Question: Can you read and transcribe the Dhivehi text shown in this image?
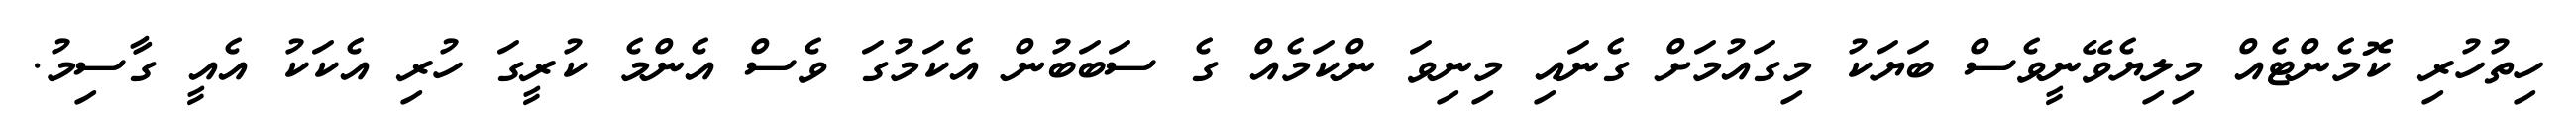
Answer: ހިތުހުރި ކޮމެންޓެއް މިލިޔެވޭނީވެސް ބަޔަކު މިގައުމަށް ގެނައި މިނިވަ ންކަމެއް ގެ ސަބަބުން އެކަމުގަ ވެސް އެންމެ ކުރީގަ ހުރި އެކަކު އެއީ ގާސިމު.